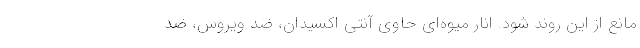
مانع از این روند شود. انار میوه‌ای حاوی آنتی اکسیدان، ضد ویروس، ضد